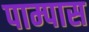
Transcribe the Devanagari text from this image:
पाम्पास